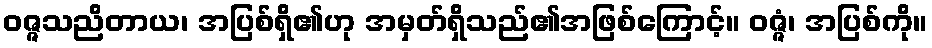
ဝဇ္ဇသညိတာယ၊ အပြစ်ရှိ၏ဟု အမှတ်ရှိသည်၏အဖြစ်ကြောင့်။ ဝဇ္ဇံ၊ အပြစ်ကို။